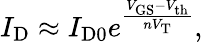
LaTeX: I_{\mathrm{D}}\approx I_{\mathrm{D0}}e^{\frac{V_{\mathrm{GS}}-V_{\mathrm{th}}}{nV_{\mathrm{T}}}},